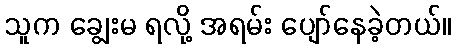
သူက ချွေးမ ရလို့ အရမ်း ပျော်နေခဲ့တယ်။